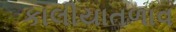
કાલીયાતળાવ